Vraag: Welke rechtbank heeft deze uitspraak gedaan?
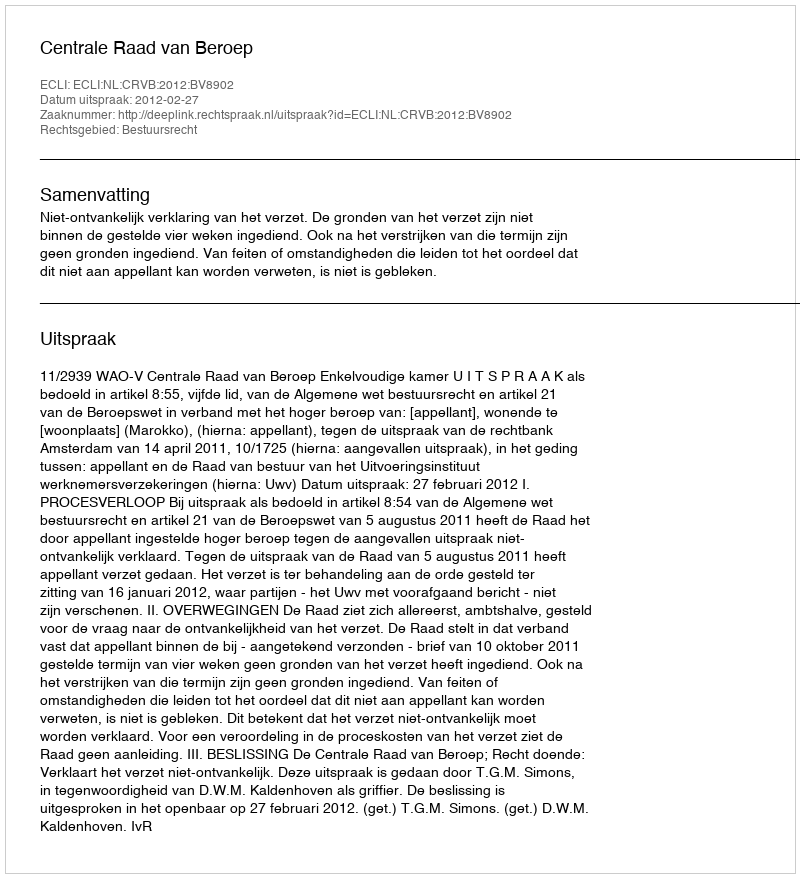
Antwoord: Centrale Raad van Beroep